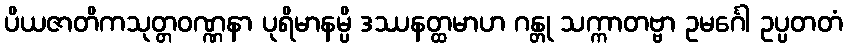
ပိယဇာတိကသုတ္တဝဏ္ဏနာ ပုရိမာနမ္ပိ ဒဿနတ္ထမာဟ ဂန္တု သက္ကာတဗ္ဗာ ဥမင်္ဂေါ ဥပ္ပတတံ